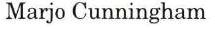
Marjo Cunningham